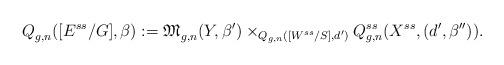
LaTeX: \begin{align*}{Q}^{}_{g,n}([E^{ss}/G],\beta):=\mathfrak{M}_{g,n}^{}(Y,\beta')\times_{Q_{g,n}^{}([W^{ss}/S],d')}Q^{ss}_{g,n}(X^{ss},(d',{\beta''})).\end{align*}